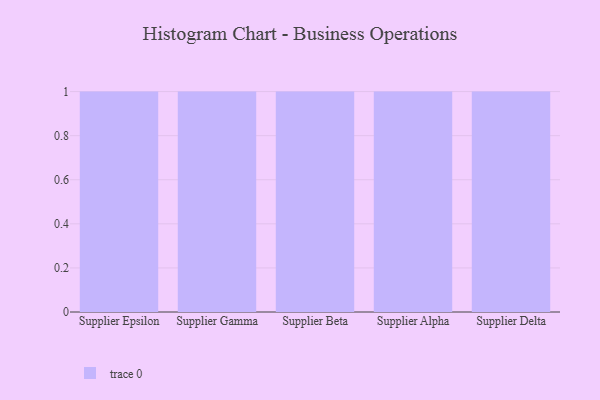
{"axis": {"x": "Supplier", "y": "Humidity (%)"}, "legend": [""], "data": [{"x": "Supplier Epsilon", "y": 77, "type": ""}, {"x": "Supplier Gamma", "y": 63, "type": ""}, {"x": "Supplier Beta", "y": 49, "type": ""}, {"x": "Supplier Alpha", "y": 74, "type": ""}, {"x": "Supplier Delta", "y": 81, "type": ""}]}